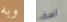
وبه آسف